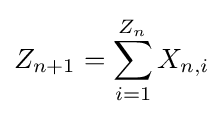
Z_{n+1}=\sum _{i=1}^{Z_{n}}X_{n,i}